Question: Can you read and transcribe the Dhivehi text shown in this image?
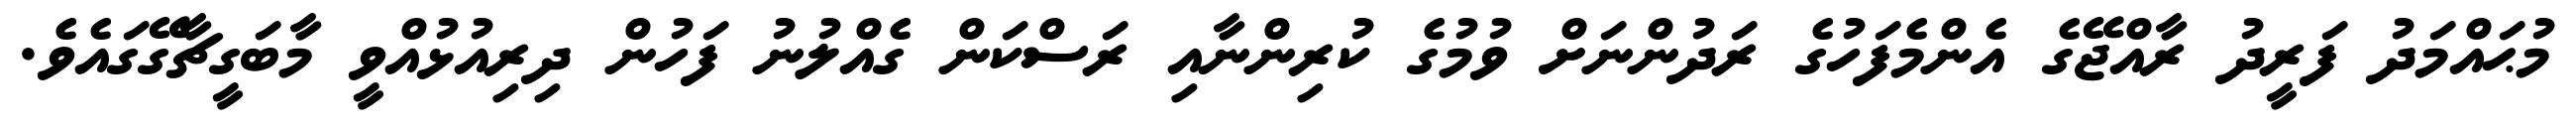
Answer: މުޙައްމަދު ފަރީދު ރާއްޖޭގެ އެންމެފަހުގެ ރަދުންނަށް ވުމުގެ ކުރިންނާއި ރަސްކަން ގެއްލުނު ފަހުން ދިރިއުޅުއްވީ މާބަގީޗާގޭގައެވެ.